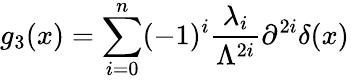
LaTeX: g_{3}(x)=\sum_{i=0}^{n}(-1)^{i}\frac{\lambda_{i}}{\Lambda^{2i}}\partial^{2i}\delta(x)\,